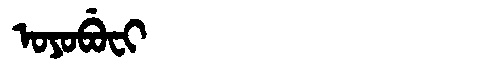
Manchu: ᠣᠶᠣᠪᡠᠸᡳ
Romanization: OYOBUFI